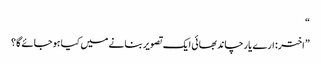
“
”اختر: ارے یار چاند بھائی ایک تصویر بنانے میں کیا ہوجائے گا؟